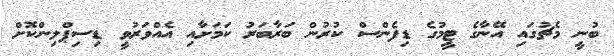
ބުނީ މެޗުގައި އޭނާގެ ޓީމުގެ ޑިފެންސް ކުރުން ބަރާބަރު ކަމަށާއި އެއްވަރުވީ ޑިސިޕްލިންކޮށް